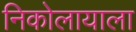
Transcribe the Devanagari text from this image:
निकोलायाला